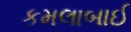
કમલાબાઈ